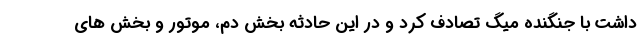
داشت با جنگنده میگ تصادف کرد و در این حادثه بخش دم، موتور و بخش های